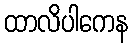
ထာလိပါကေန